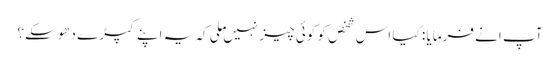
آپ انے فرمایا : کیا اس شخص کو کوئی چیز نہیں ملی کہ یہ اپنے کپڑے دھوسکے؟